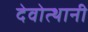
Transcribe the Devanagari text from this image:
देवोत्थानी